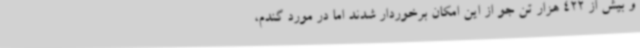
و بیش از 422 هزار تن جو از این امکان برخوردار شدند اما در مورد گندم،